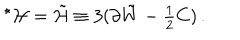
LaTeX: { } ^ { \star } { \cal H } = \tilde { \cal H } \equiv 3 ( \partial \tilde { W } - { \textstyle \frac { 1 } { 2 } } C ) \, .